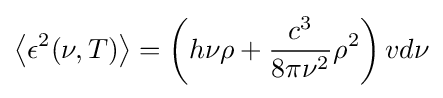
\left\langle \epsilon ^{2}(\nu ,T)\right\rangle =\left(h\nu \rho +{\frac {c^{3}}{8\pi \nu ^{2}}}\rho ^{2}\right)vd\nu